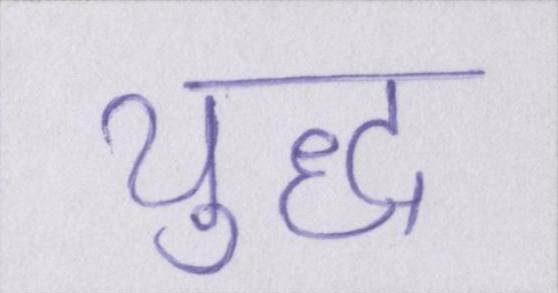
युध्द